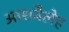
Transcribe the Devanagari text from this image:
आशबैलेह